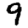
Digit: 9